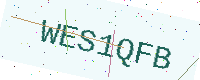
Text: WES1QFB